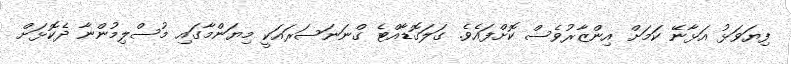
ފިޔަވަޅު އަޅާނޭ ކަމަށް އިންޒާރުވެސް ކޮށްފައެވެ. ގަލަގޮޑާއްޓެ ގްނަނަސަރައަކީ މިޔަންމާގައި މުސްލިމުންނާ ދެކޮޅަށް